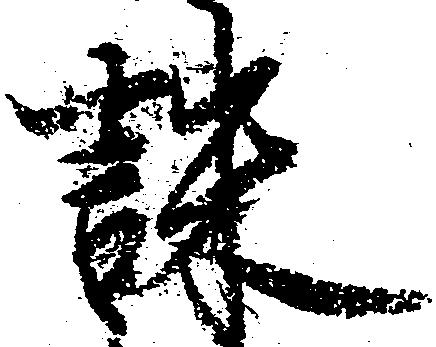
誅